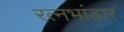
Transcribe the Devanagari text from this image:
रत्नभांडार